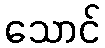
သောင်